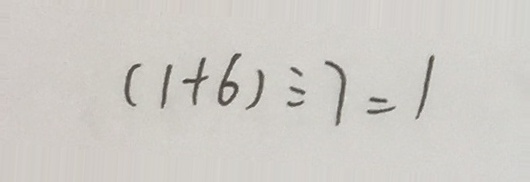
( 1 + 6 ) \div 7 = 1